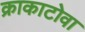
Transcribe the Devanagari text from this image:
क्राकाटोवा